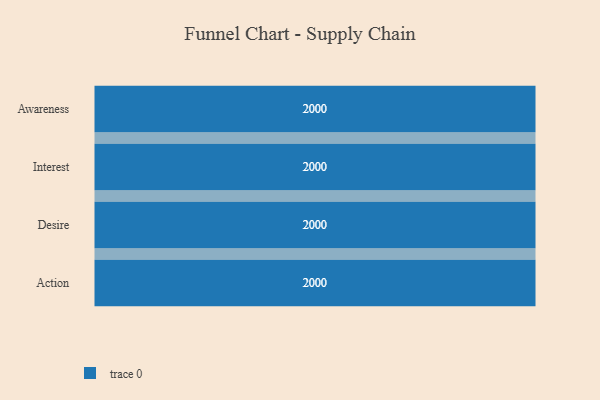
{"axis": {"x": "Stage", "y": "Value"}, "legend": [""], "data": [{"x": "Awareness", "y": 2000, "type": ""}, {"x": "Interest", "y": 2000, "type": ""}, {"x": "Desire", "y": 2000, "type": ""}, {"x": "Action", "y": 2000, "type": ""}]}